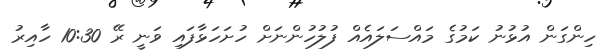
ހިންގަން އުޅުނު ކަމުގެ މައްސަލައެއް ފުލުހުންނަށް ހުށަހަޅާފައި ވަނީ ރޭ 10:30 ހާއިރު